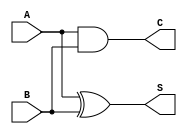
module CarryLookaheadHalfAdder (
    input wire A,      // First single-bit input
    input wire B,      // Second single-bit input
    output wire S,     // Sum output
    output wire C      // Carry output
);

// Functionality implementation
assign S = A ^ B;    // Sum is the XOR of A and B
assign C = A & B;    // Carry is the AND of A and B

endmodule